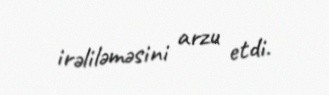
irəliləməsini arzu etdi.